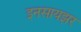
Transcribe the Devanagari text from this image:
इनसायझर